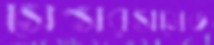
সেন্সরসমেত